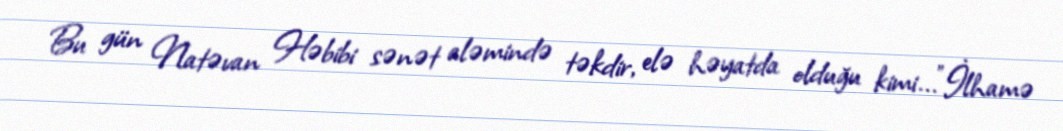
Bu gün Natəvan Həbibi sənət aləmində təkdir, elə həyatda olduğu kimi..."İlhamə